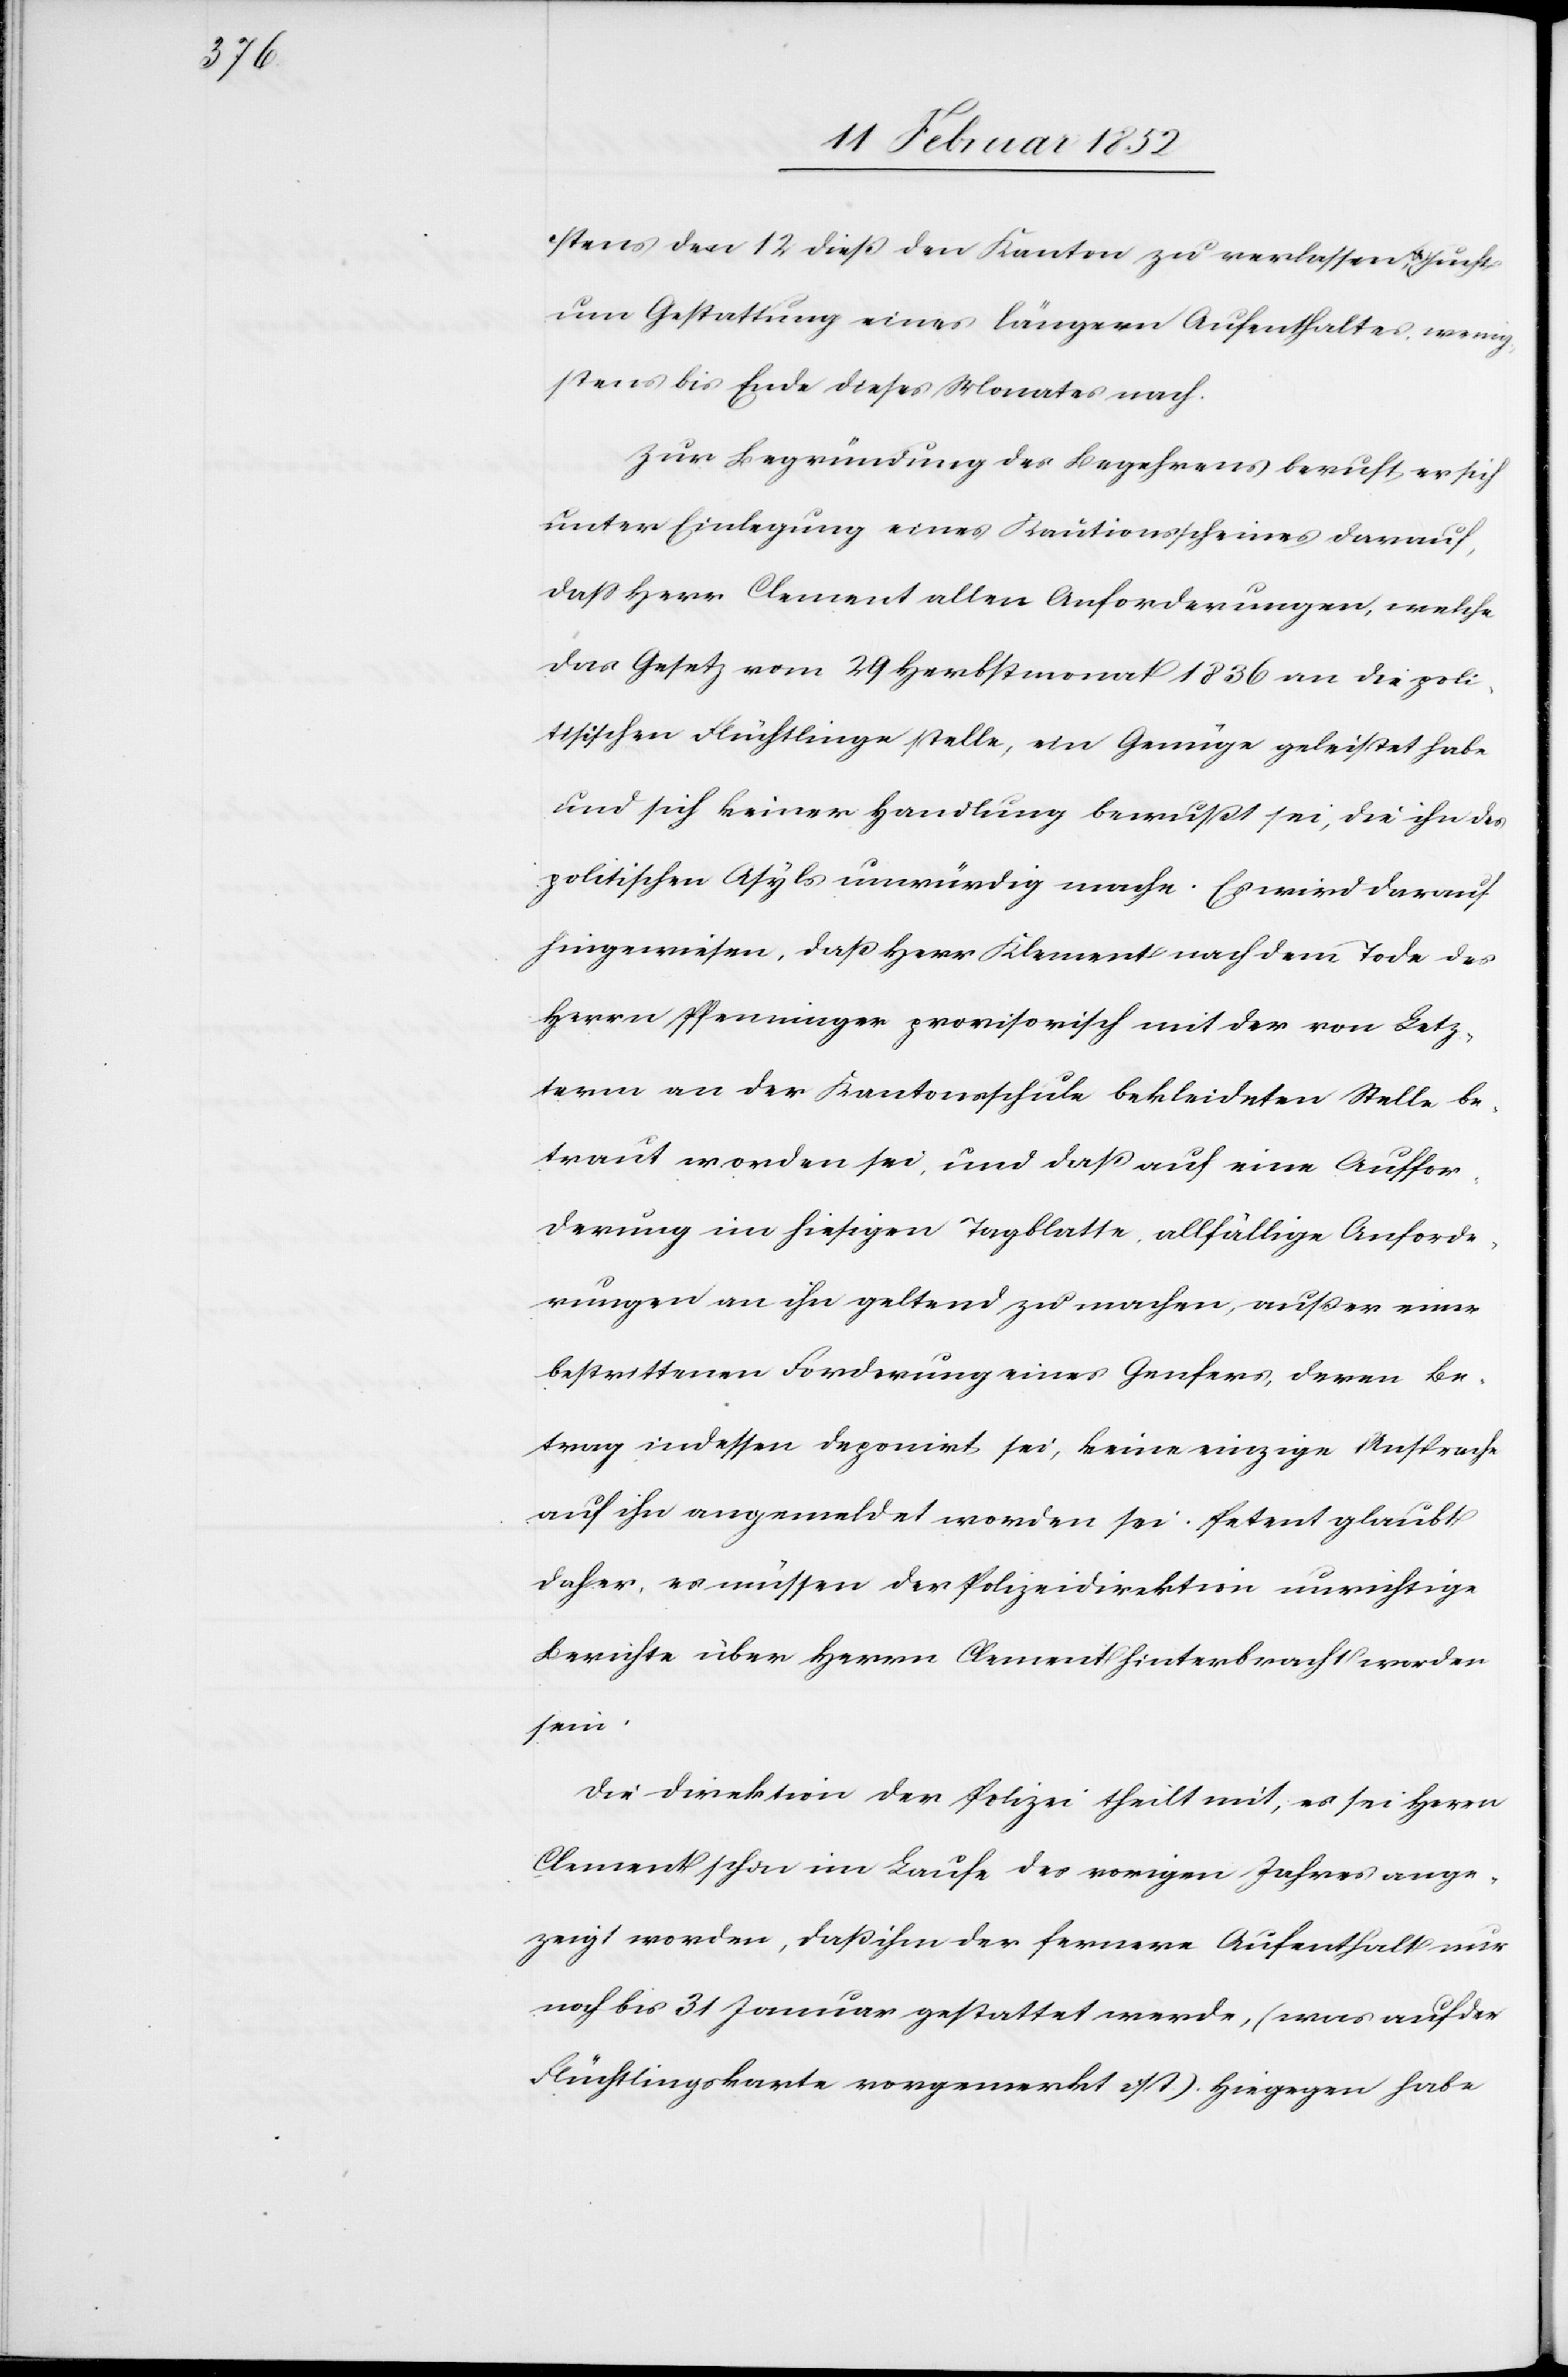
stens den 12 dieß den Kanton zu verlassen, u. sucht
um Gestattung eines längeren Aufenthaltes wenig¬
stens bis Ende dieses Monates nach.
Zur Begründung des Begehrens beruft er sich
unter Einlegung eines Kautionsscheines darauf,
daß Herr Clement allen Anforderungen, welche
das Gesetz vom 29 Herbstmonat 1836 an die poli¬
tischen Flüchtlinge stelle, ein Genüge geleistet habe
und sich keiner Handlung bewußt sei, die ihn des
politischen Asyls unmündig mache. Es wird darauf
hingewiesen, daß Herr Klement [sic!] nach dem Tode des
Herrn Pfenninger provisorisch mit der von Letz¬
term an der Kantonsschule bekleideten Stelle be¬
traut worden sei, und daß auch eine Auffor¬
derung im hiesigen Tagblatte, allfällige Anforde¬
rungen an ihn geltend zu machen, außer einer
bestrittenen Forderung eines Genfers, deren Be¬
trag indessen deponirt sei, keine einzige Ansprache
auf ihn angemeldet worden sei. Petent glaubt
daher, es müssen der Polizeidirektion unrichtige
Berichte über Herrn Clement hinterbracht worden
sein.
Die Direktion der Polizei theilt mit, es sei Herrn
Clement schon im Laufe des vorigen Jahres ange¬
zeigt worden, daß ihm der fernere Aufenthalt nur
noch bis 31 Januar gestattet werde, (was auf der
Flüchtlingskarte vorgemerkt ist). Hiegegen habe